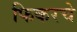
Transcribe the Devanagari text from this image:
फिकरचे